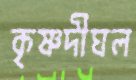
কৃষ্ণদীঘল